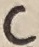
Text: C